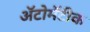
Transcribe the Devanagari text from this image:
ॲटोमॅटीक